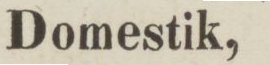
Domestik,